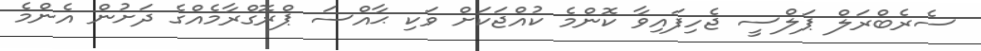
ސެރެބްރަލް ޕަލްސީ ޖެހިފައިވާ ކޮންމެ ކުއްޖަކަށް ވަކި ޙާއްސަ ޕްރޮގްރާމެއްގެ ދަށުން އެންމެ